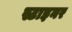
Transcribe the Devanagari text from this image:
स्टाइनर